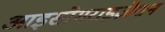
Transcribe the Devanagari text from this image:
आइसोमराइज़ेशन